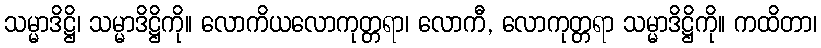
သမ္မာဒိဋ္ဌိ၊ သမ္မာဒိဋ္ဌိကို။ လောကိယလောကုတ္တရာ၊ လောကီ, လောကုတ္တရာ သမ္မာဒိဋ္ဌိကို။ ကထိတာ၊